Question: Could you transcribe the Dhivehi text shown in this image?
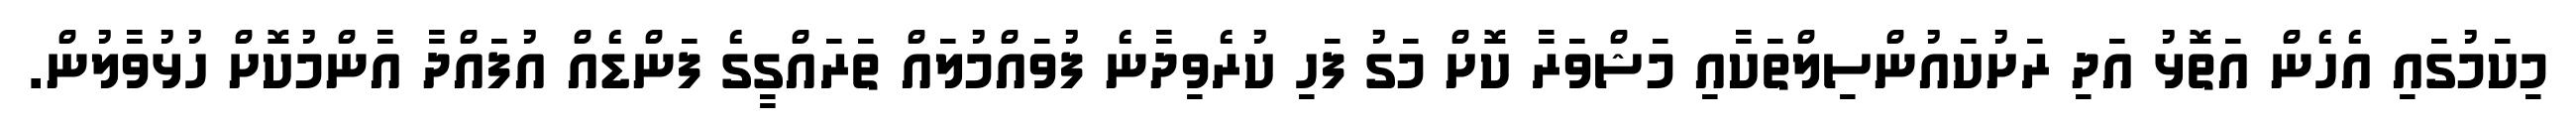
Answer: މިކަމުގައި އެހެން އަތޮޅު އަދި ރަށުކައުންސިލްތަކާއި މަޝްވަރާ ކޮށް މަގު ފަހި ކުރެވިދާނެ ފުވައްމުލައް ތަރައްގީގެ ފަންޑެއް އުފައްދާ އާންމުކޮށް ހުޅުވާލުން.